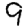
Digit: 9